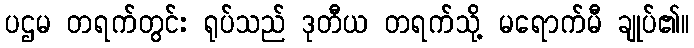
ပဌမ တရက်တွင်း ရုပ်သည် ဒုတီယ တရက်သို့ မရောက်မီ ချုပ်၏။